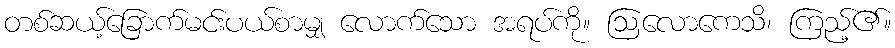
တစ်ဆယ့်ခြောက်မင်းပယ်စာမျှ လောက်သော အရပ်ကို။ ဩလောကေသိ၊ ကြည့်၏။